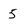
Character: 5